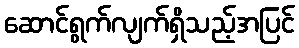
ဆောင်ရွက်လျက်ရှိသည့်အပြင်